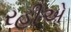
રહીએ